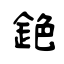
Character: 銫